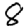
Digit: 8